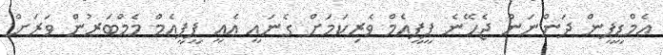
އެމްޑީޕީން ދަންނަން ޖެހޭނެ ޕީޕީއެމް ވެރިކަމަށް ގެނައީ އެއީ ޕީީޕީއެމް މެމްބަރުން ވަރަށް